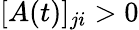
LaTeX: [A(t)]_{ji}>0